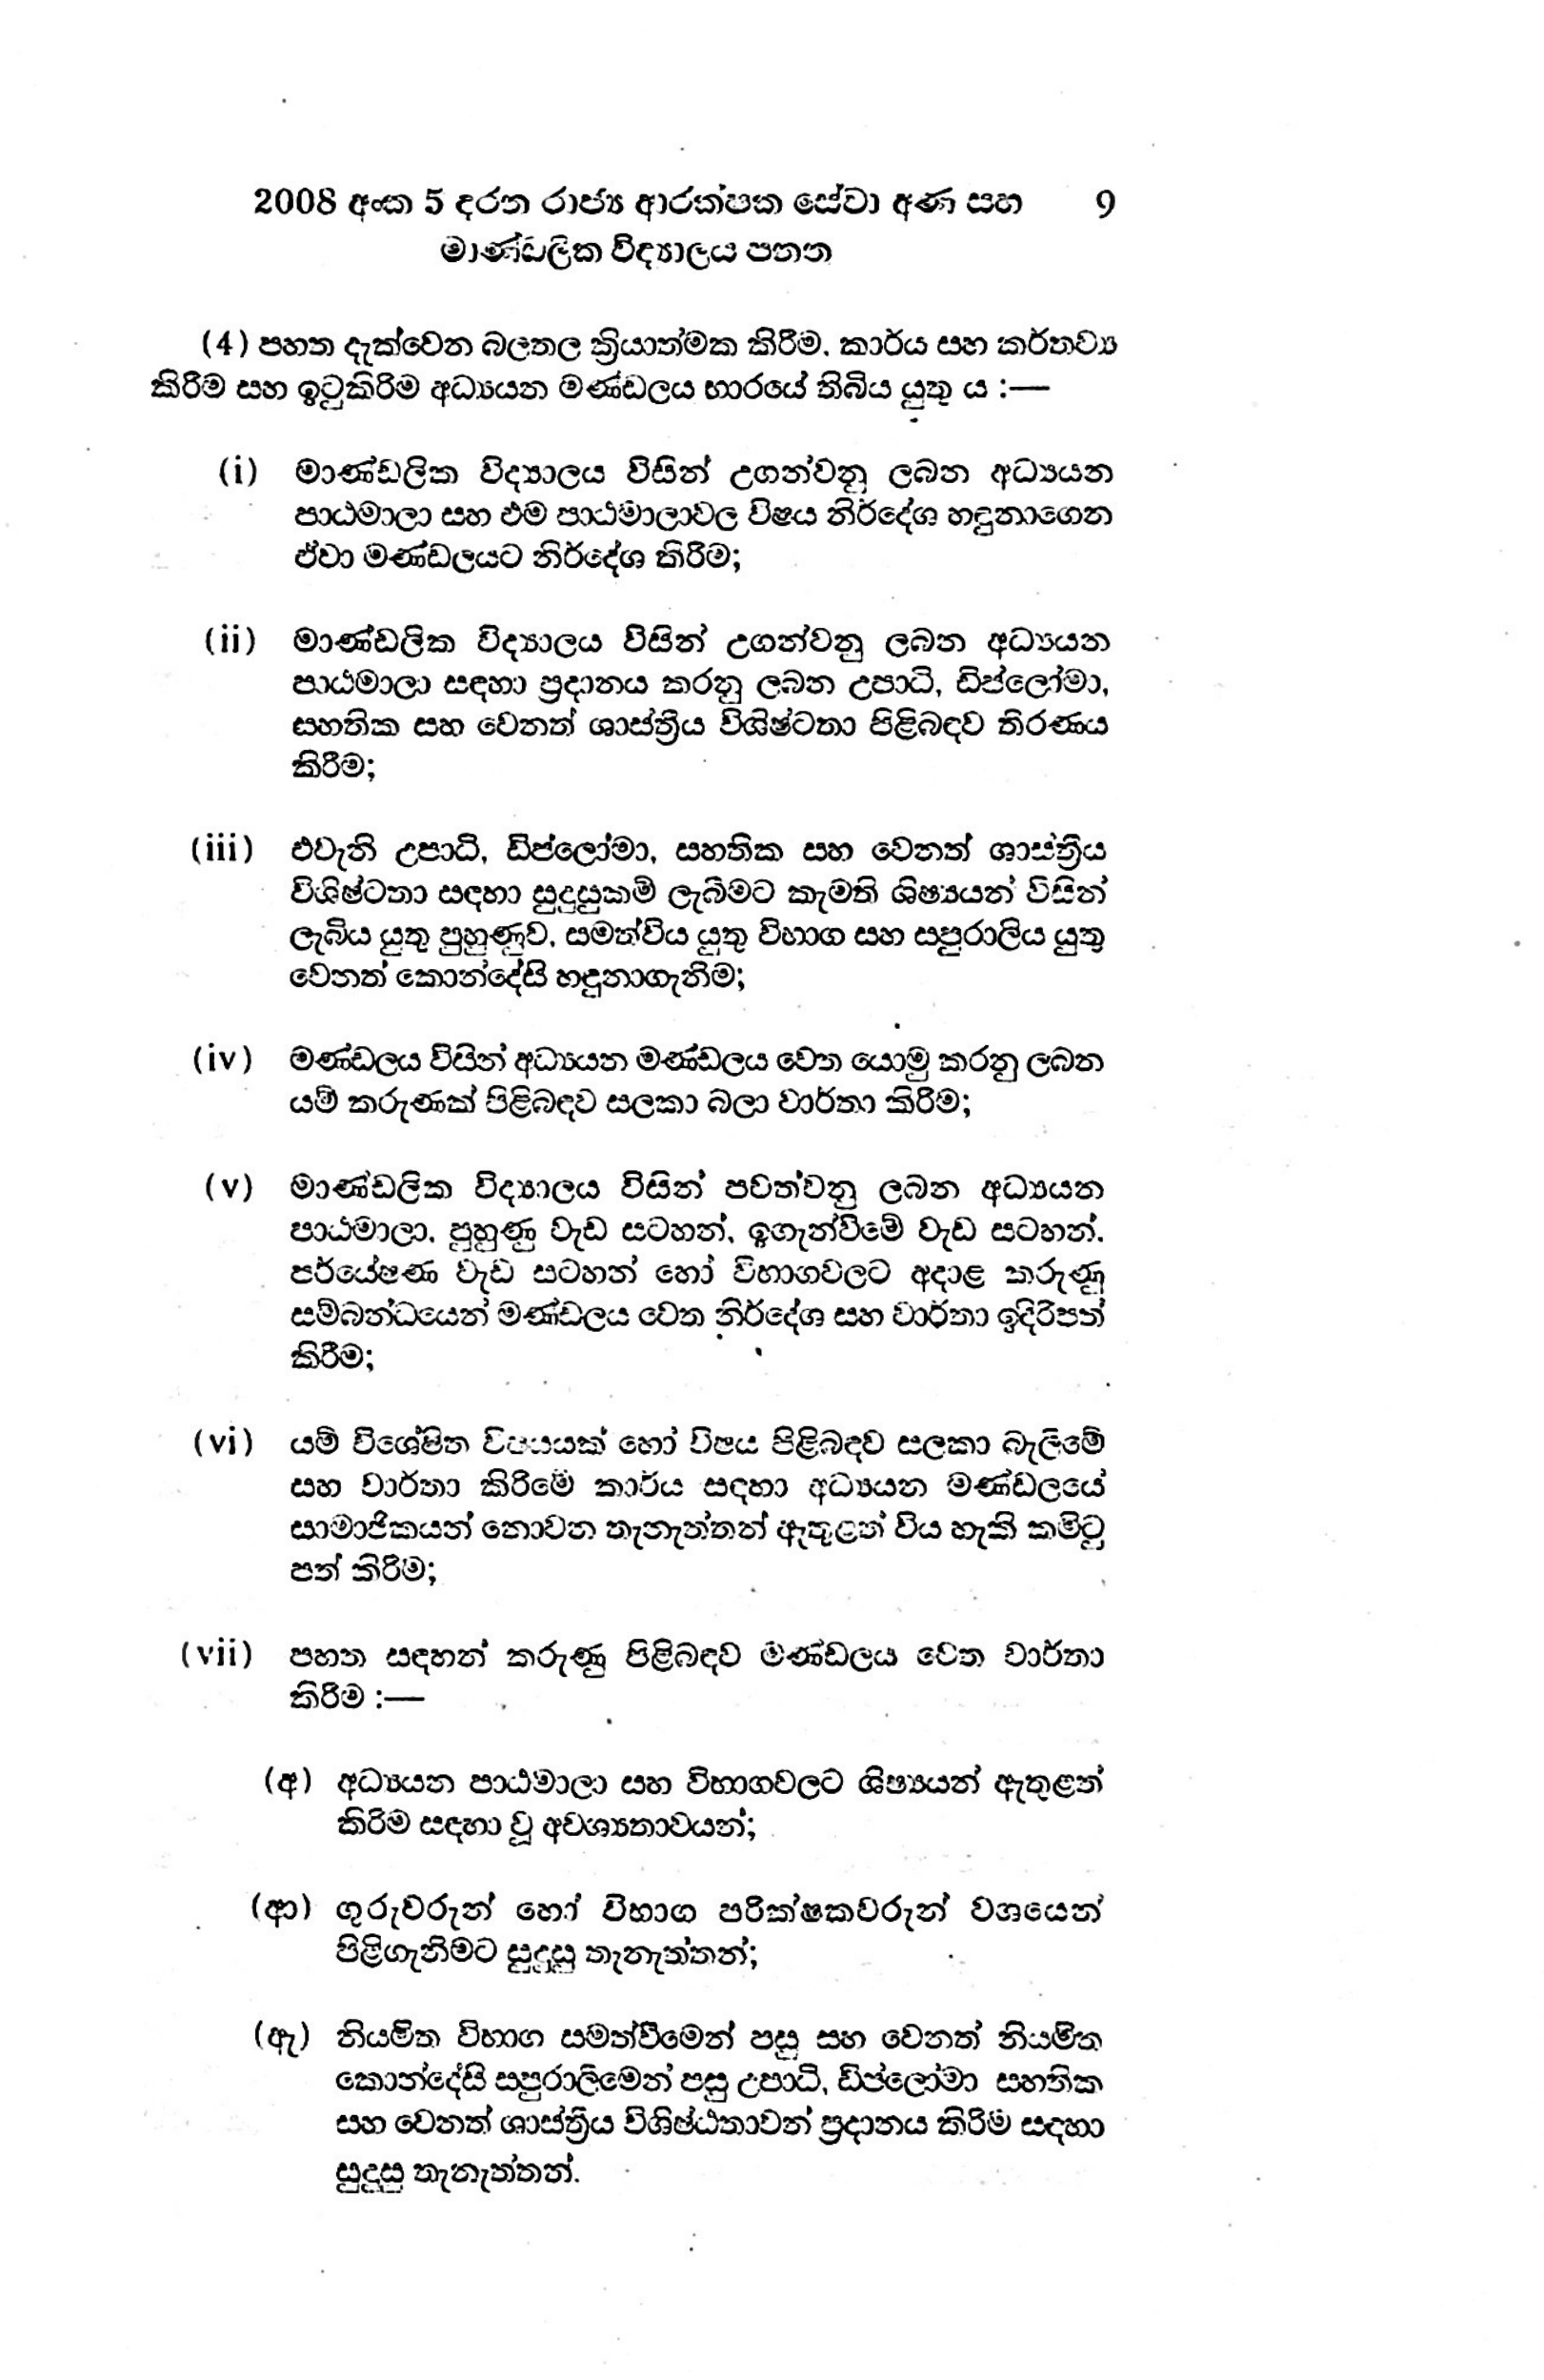
2008 අංක 5 දරන රාජ්‍ය ආරක්ෂක සේවා අණ සහ 9
මාණ්ඩලික විද්‍යාලය පනත

(4) පහත දැක්වෙන බලතල ක්‍රියාත්මක කිරීම, කාර්ය සහ කර්තව්‍ය
කිරීම සහ ඉටුකිරිම අධ්‍යයන මණ්ඩලය භාරයේ තිබිය යුතු ය:-

(i) මාණ්ඩලික විද්‍යාලය විසින් උගන්වනු ලබන අධ්‍යයන
පාඨමාලා සහ එම පාඨමාලාවල විෂය නිර්දේශ හඳුනාගෙන
ඒවා මණ්ඩලයට නිර්දේශ කිරිම;

(ii) මාණ්ඩලික විද්‍යාලය විසින් උගන්වනු ලබන අධ්‍යයන
පාඨමාලා සඳහා ප්‍රදානය කරනු ලබන උපාධි, ඩිප්ලෝමා,
සහතික සහ වෙනත් ශාස්ත්‍රීය විශිෂ්ටතා පිළිබඳව තිරණය
කිරීම;

(iii) එවැනි උපාධි, ඩිප්ලෝමා, සහතික සහ වෙනත් ශාස්ත්‍රීය
විශිෂ්ටතා සඳහා සුදුසුකම් ලැබීමට කැමති ශිෂ්‍යයන් විසින්
ලැබිය යුතු පුහුණුව, සමත්විය යුතු විභාග සහ සපුරාලිය යුතු
වෙනත් කොන්දේසි හදුනාගැනිම;

(iv) මණ්ඩලය විසින් අධ්‍යයන මණ්ඩලය වෙත යොමු කරනු ලබන
යම් කරුණක් පිළිබඳව සලකා බලා වාර්තා කිරීම;

(v) මාණ්ඩලික විද්‍යාලය විසින් පවත්වනු ලබන අධ්‍යයන
පාඨමාලා, පුහුණු වැඩ සටහන්, ඉගැන්වීමේ වැඩ සටහන්.
පර්යේෂණ වැඩ සටහන් හෝ විභාගවලට අදාළ කරුණු
සම්බන්ධයෙන් මණ්ඩලය වෙත නිර්දේශ සහ වාර්තා ඉදිරිපත්
කිරීම;

(vi) යම් විශේෂිත විෂයයක් හෝ විෂය පිළිබඳව සලකා බැලීමේ
සහ වාර්තා කිරිමේ කාර්ය සඳහා අධ්‍යයන මණ්ඩලයේ
සාමාජිකයන් නොවන තැනැත්තන් ඇතුළත් විය හැකි කමිටු
පත් කිරීම;

(vii) පහත සඳහන් කරුණු පිළිබඳව මණ්ඩලය වෙත වාර්තා
කිරීම :-

(අ) අධ්‍යයන පාඨමාලා සහ විභාගවලට ශිෂ්‍යයන් ඇතුළත්
කිරිම සඳහා වූ අවශ්‍යතාවයන්;

(ආ) ගුරුවරුන් හෝ විභාග පරික්ෂකවරුන් වශයෙන්
පිළිගැනිමට සුදුසු තැනැත්තන්;

(ඇ) නියමිත විභාග සමත්වීමෙන් පසු සහ වෙනත් නියමිත
කොන්දේසි සපුරාලීමෙන් පසු උපාධි, ඩිප්ලෝමා සහතික
සහ වෙනත් ශාස්ත්‍රීය විශිෂ්ඨතාවන් ප්‍රදානය කිරිම සදහා
සුදුසු තැනැත්තන්.